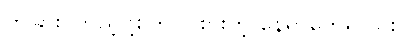
တခြား ကြည့်ဖို့စိတ်ဝင်စားတဲ့ နေရာတွေရှိလား။